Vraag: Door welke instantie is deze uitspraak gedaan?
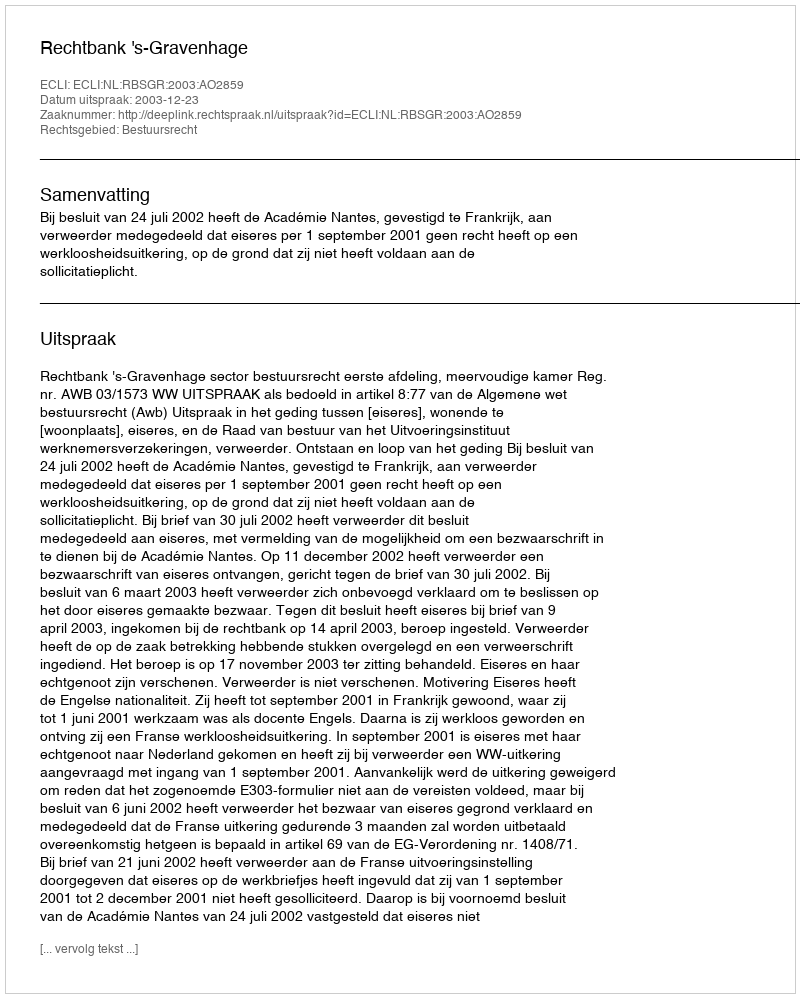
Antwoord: Rechtbank 's-Gravenhage